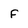
Character: f